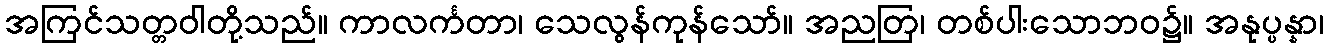
အကြင်သတ္တဝါတို့သည်။ ကာလင်္ကတာ၊ သေလွန်ကုန်သော်။ အညတြ၊ တစ်ပါးသောဘဝ၌။ အနုပ္ပန္နာ၊